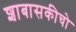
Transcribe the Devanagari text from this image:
शाबासकीचो